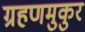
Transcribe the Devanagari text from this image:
ग्रहणमुकुर